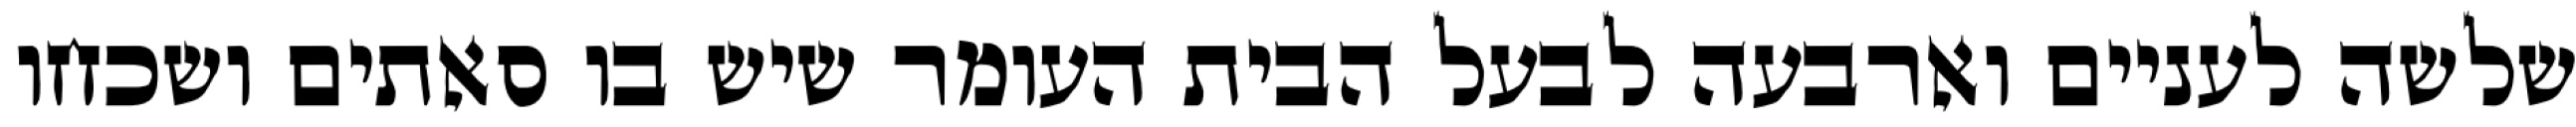
שלשה לעניים וארבעה לבעל הבית העומר שיש בו סאתים ושכחו